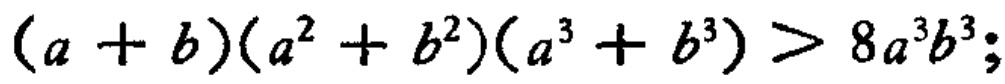
\((a + b)(a^{2} + b^{2})(a^{3} + b^{3}) > 8a^{3}b^{3};\)